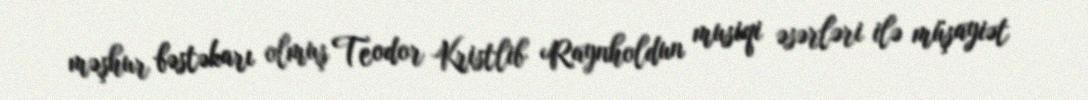
məşhur bəstəkarı olmuş Teodor Kristlib Raynholdun musiqi əsərləri ilə müşayiət